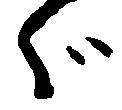
ゞ